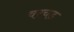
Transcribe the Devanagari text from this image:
वरचड